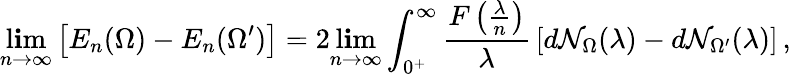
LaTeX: \operatorname*{l\mathbf{i}m}_{n\to\infty}\left[E_{n}(\Omega)-E_{n}(\Omega^{\prime})\right]=2\operatorname*{l\mathbf{i}m}_{n\to\infty}\int_{0^{+}}^{\infty}\frac{{F\left(\frac{{\lambda}}{{n}}\right)}}{{\lambda}}\, \left[d\mathcal{{N}}_{\Omega}(\lambda)-d\mathcal{{N}}_{\Omega^{\prime}}(\lambda)\right]\, ,